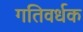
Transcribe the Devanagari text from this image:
गतिवर्धक